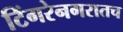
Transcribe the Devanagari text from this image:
टिंगरेनगरातच